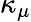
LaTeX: \kappa_{\mu}